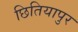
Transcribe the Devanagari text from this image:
छितियापुर